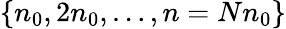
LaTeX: \{ n_{0},2n_{0},\dots,n=Nn_{0}\}